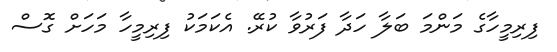
ފިރިމީހާގެ މަންމަ ބަލާ ހަދާ ފަރުވާ ކުރޭ. އެކަަމަކު ފިރިމީހާ މަހަށް ގޮސް